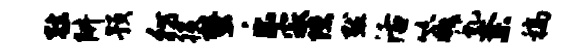
弦阱预彷役蛩乐寂隙默活箴虬紊稿